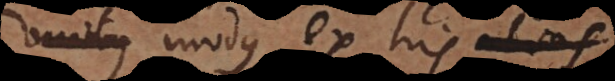
t modus ex his alias